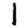
Digit: 1